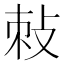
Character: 𭣯